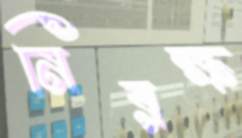
নিরক্ষ